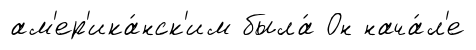
ам'ер'ика́нск'им была́ Он нача́л'е